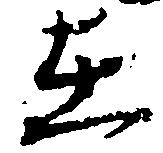
在